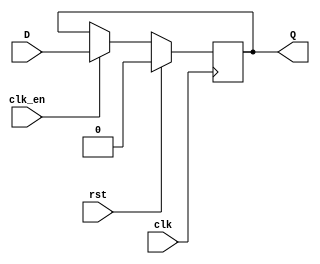
module d_ff (
  input wire D,
  input wire clk,
  input wire rst,
  input wire clk_en,
  output reg Q
);

always @(posedge clk) begin
  if (rst) begin
    Q <= 1'b0; // Initialize output signal
  end else begin
    if (clk_en) begin
      Q <= D; // Update output based on input data and clock signal
    end
  end
end

endmodule